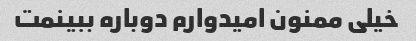
خیلی ممنون امیدوارم دوباره ببینمت